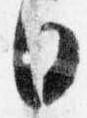
日